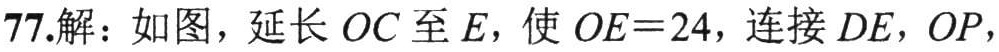
77.解：如图，延长 \(OC\) 至 \(E\)，使 \(OE = 24\)，连接 \(DE\)，\(OP\)，